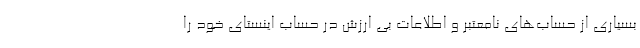
بسیاری از حساب‌های نامعتبر و اطلاعات بی ارزش در حساب اینستای خود را